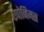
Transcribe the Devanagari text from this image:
एपोनिमस